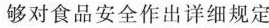
够对食品安全作出详细规定